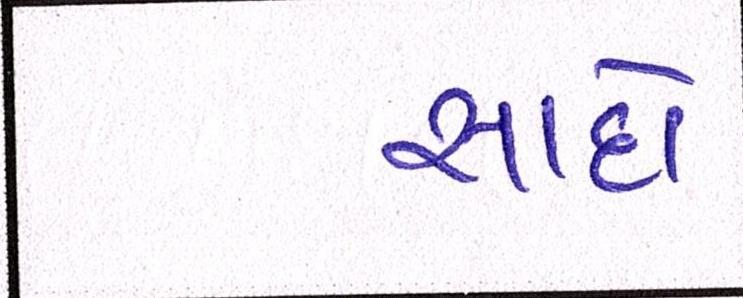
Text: સાદો